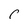
Character: r